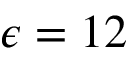
\epsilon = 1 2